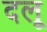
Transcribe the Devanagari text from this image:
दलू